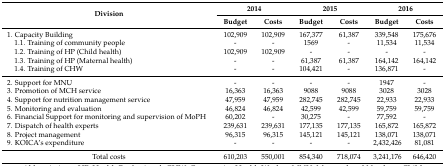
| <ROWSPAN=2> Division | <COLSPAN=2> 2014 | <COLSPAN=2> 2015 | <COLSPAN=2> 2016 |
 | Budget | Costs | Budget | Costs | Budget | Costs |
 | --- | --- | --- | --- | --- | --- | --- |
 | 1. Capacity Building | 102,909 | 102,909 | 167,377 | 61,387 | 339,548 | 175,676 |
 | 1.1. Training of community people | - | - | 1569 | - | 11,534 | 11,534 |
 | 1.2. Training of HP (Child health) | 102,909 | 102,909 | - | - | - | - |
 | 1.3. Training of HP (Maternal health) | - | - | 61,387 | 61,387 | 164,142 | 164,142 |
 | 1.4. Training of CHW | - | - | 104,421 | - | 136,871 | - |
 | 2. Support for MNU | - | - | - | - | 1947 | - |
 | 3. Promotion of MCH service | 16,363 | 16,363 | 9088 | 9088 | 3028 | 3028 |
 | 4. Support for nutrition management service | 47,959 | 47,959 | 282,745 | 282,745 | 22,933 | 22,933 |
 | 5. Monitoring and evaluation | 46,824 | 46,824 | 42,599 | 42,599 | 59,759 | 59,759 |
 | 6. Financial Support for monitoring and supervision of MoPH | 60,202 | - | 30,275 | - | 77,592 | - |
 | 7. Dispatch of health experts | 239,631 | 239,631 | 177,135 | 177,135 | 165,872 | 165,872 |
 | 8. Project management | 96,315 | 96,315 | 145,121 | 145,121 | 138,071 | 138,071 |
 | 9. KOICA’s expenditure | - | - | - | - | 2,432,426 | 81,081 |
 | Total costs | 610,203 | 550,001 | 854,340 | 718,074 | 3,241,176 | 646,420 |